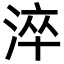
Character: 淬